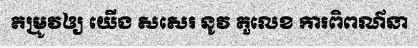
តម្រូវឲ្យ យើង សសេរ នូវ តួលេខ ការពិពណ៌នា